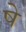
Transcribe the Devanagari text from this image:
षे